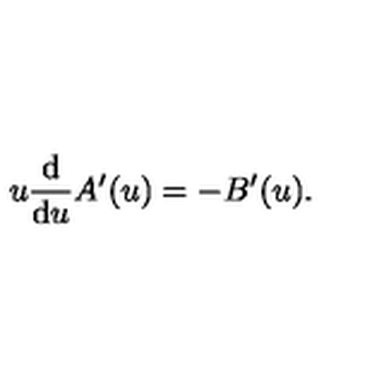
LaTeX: u \frac { \mathrm { d } } { \mathrm { d } u } A ^ { \prime } ( u ) = - B ^ { \prime } ( u ) .